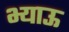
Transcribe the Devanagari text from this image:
भ्याऊ